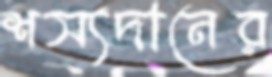
শস্যদানের